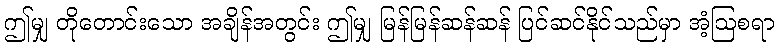
ဤမျှ တိုတောင်းသော အချိန်အတွင်း ဤမျှ မြန်မြန်ဆန်ဆန် ပြင်ဆင်နိုင်သည်မှာ အံ့ဩစရာ